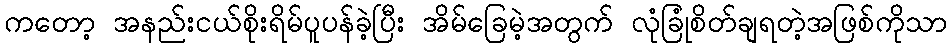
ကတော့ အနည်းငယ်စိုးရိမ်ပူပန်ခဲ့ပြီး အိမ်ခြေမဲ့အတွက် လုံခြုံစိတ်ချရတဲ့အဖြစ်ကိုသာ